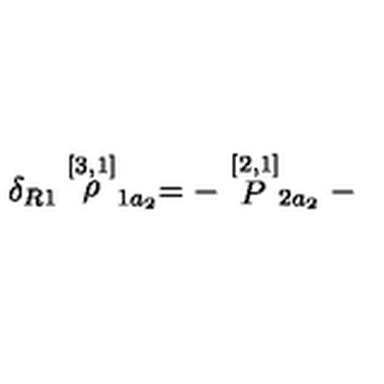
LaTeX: \delta _ { R 1 } \stackrel { [ 3 , 1 ] } { \rho } _ { 1 a _ { 2 } } = - \stackrel { [ 2 , 1 ] } { P } _ { 2 a _ { 2 } } -